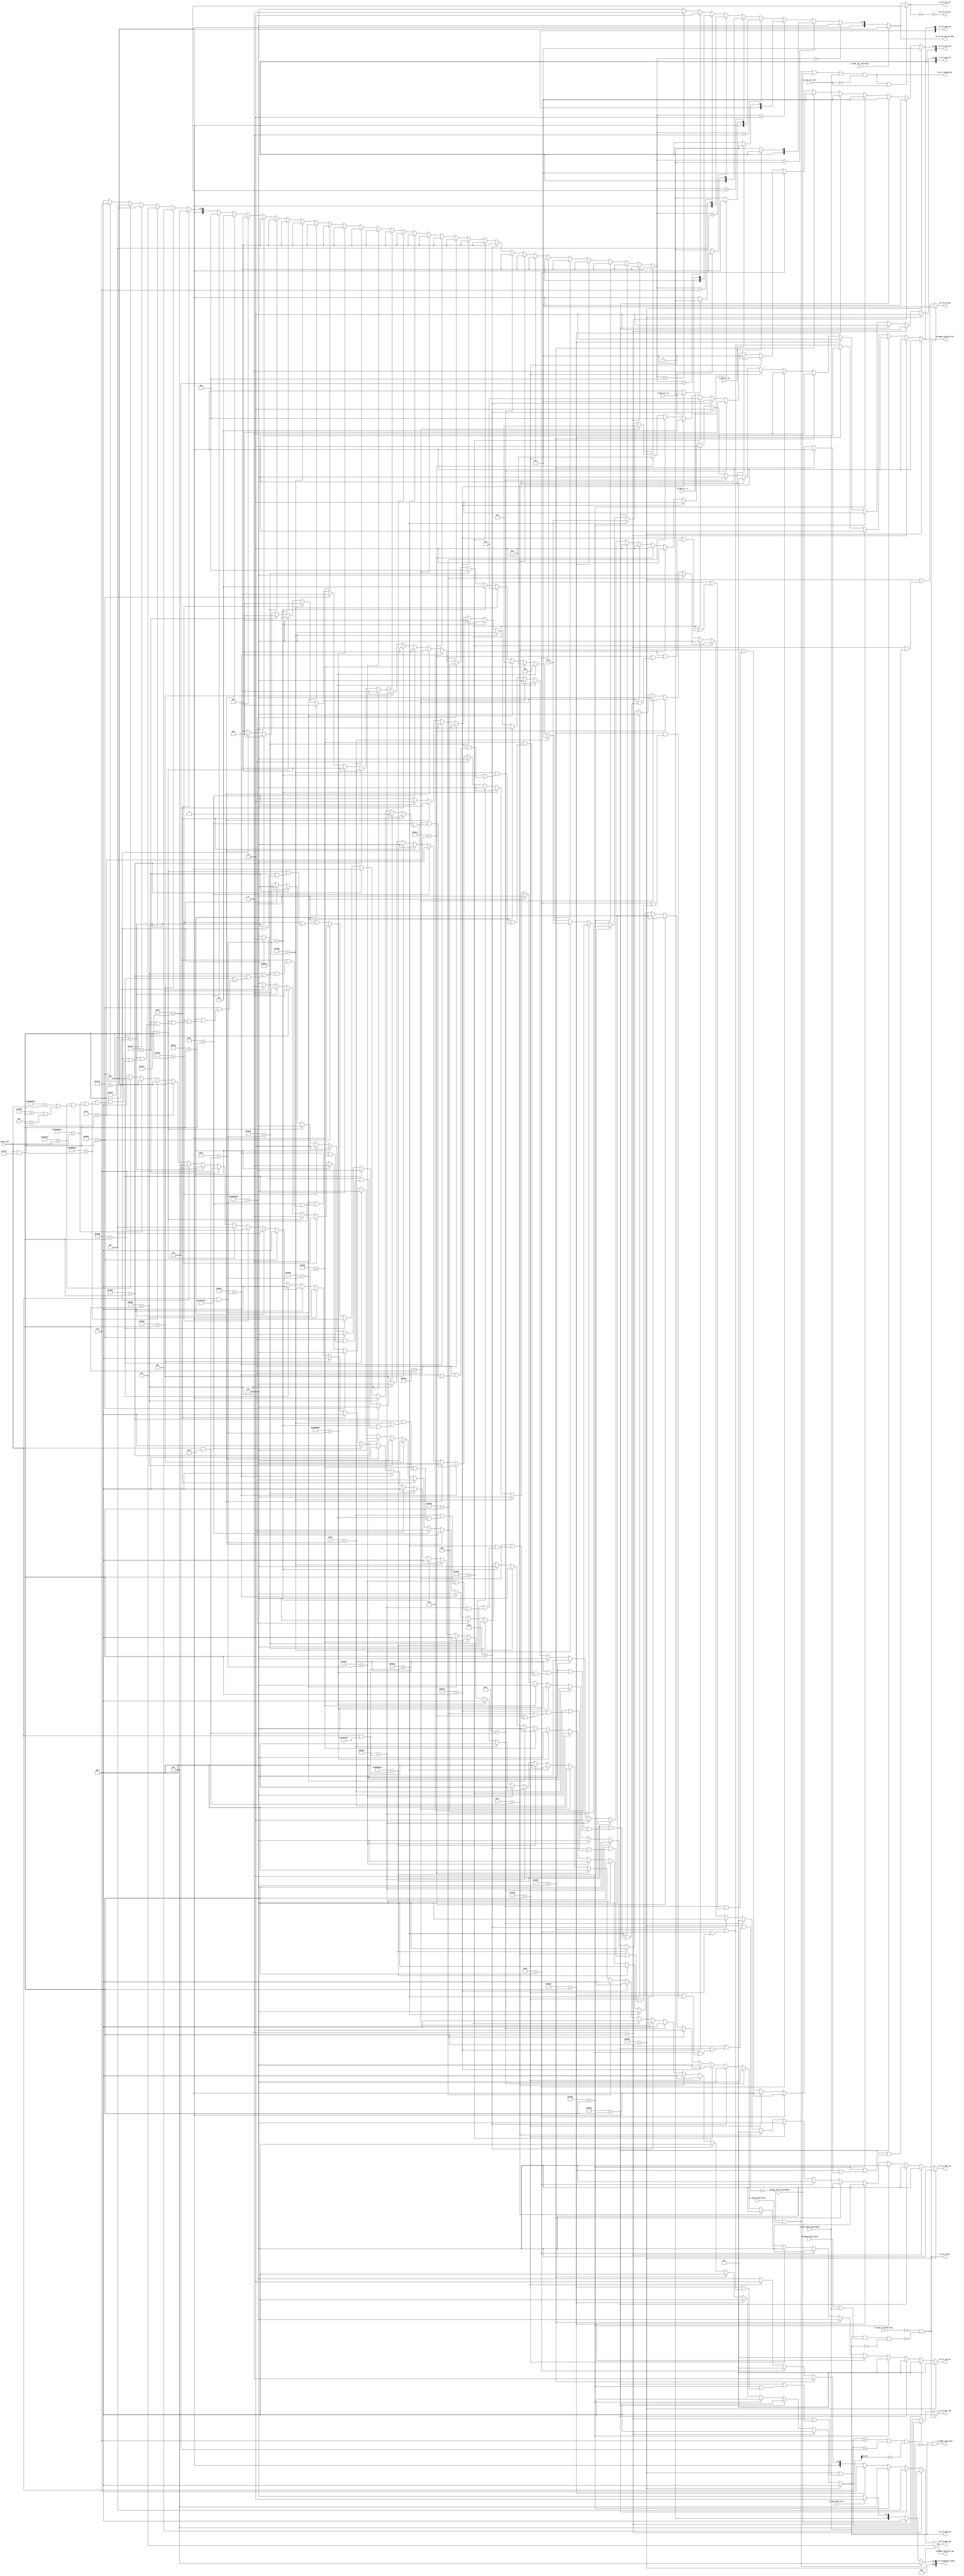
module CtlPath_2stage(
  input         io_imem_resp_valid,
  output        io_dmem_req_valid,
  output        io_dmem_req_bits_fcn,
  output [2:0]  io_dmem_req_bits_typ,
  input         io_dmem_resp_valid,
  input         io_dat_if_valid_resp,
  input  [31:0] io_dat_inst,
  input         io_dat_br_eq,
  input         io_dat_br_lt,
  input         io_dat_br_ltu,
  input         io_dat_inst_misaligned,
  input         io_dat_data_misaligned,
  input         io_dat_mem_store,
  input         io_dat_csr_eret,
  input         io_dat_csr_interrupt,
  output        io_ctl_stall,
  output        io_ctl_if_kill,
  output [2:0]  io_ctl_pc_sel,
  output [1:0]  io_ctl_op1_sel,
  output [2:0]  io_ctl_op2_sel,
  output [4:0]  io_ctl_alu_fun,
  output [1:0]  io_ctl_wb_sel,
  output        io_ctl_rf_wen,
  output [2:0]  io_ctl_csr_cmd,
  output        io_ctl_mem_val,
  output [1:0]  io_ctl_mem_fcn,
  output [2:0]  io_ctl_mem_typ,
  output        io_ctl_exception,
  output [31:0] io_ctl_exception_cause,
  output [2:0]  io_ctl_pc_sel_no_xept
);
  wire [31:0] _csignals_T = io_dat_inst & 32'h707f; // @[Lookup.scala 31:38]
  wire  _csignals_T_1 = 32'h2003 == _csignals_T; // @[Lookup.scala 31:38]
  wire  _csignals_T_3 = 32'h3 == _csignals_T; // @[Lookup.scala 31:38]
  wire  _csignals_T_5 = 32'h4003 == _csignals_T; // @[Lookup.scala 31:38]
  wire  _csignals_T_7 = 32'h1003 == _csignals_T; // @[Lookup.scala 31:38]
  wire  _csignals_T_9 = 32'h5003 == _csignals_T; // @[Lookup.scala 31:38]
  wire  _csignals_T_11 = 32'h2023 == _csignals_T; // @[Lookup.scala 31:38]
  wire  _csignals_T_13 = 32'h23 == _csignals_T; // @[Lookup.scala 31:38]
  wire  _csignals_T_15 = 32'h1023 == _csignals_T; // @[Lookup.scala 31:38]
  wire [31:0] _csignals_T_16 = io_dat_inst & 32'h7f; // @[Lookup.scala 31:38]
  wire  _csignals_T_17 = 32'h17 == _csignals_T_16; // @[Lookup.scala 31:38]
  wire  _csignals_T_19 = 32'h37 == _csignals_T_16; // @[Lookup.scala 31:38]
  wire  _csignals_T_21 = 32'h13 == _csignals_T; // @[Lookup.scala 31:38]
  wire  _csignals_T_23 = 32'h7013 == _csignals_T; // @[Lookup.scala 31:38]
  wire  _csignals_T_25 = 32'h6013 == _csignals_T; // @[Lookup.scala 31:38]
  wire  _csignals_T_27 = 32'h4013 == _csignals_T; // @[Lookup.scala 31:38]
  wire  _csignals_T_29 = 32'h2013 == _csignals_T; // @[Lookup.scala 31:38]
  wire  _csignals_T_31 = 32'h3013 == _csignals_T; // @[Lookup.scala 31:38]
  wire [31:0] _csignals_T_32 = io_dat_inst & 32'hfc00707f; // @[Lookup.scala 31:38]
  wire  _csignals_T_33 = 32'h1013 == _csignals_T_32; // @[Lookup.scala 31:38]
  wire  _csignals_T_35 = 32'h40005013 == _csignals_T_32; // @[Lookup.scala 31:38]
  wire  _csignals_T_37 = 32'h5013 == _csignals_T_32; // @[Lookup.scala 31:38]
  wire [31:0] _csignals_T_38 = io_dat_inst & 32'hfe00707f; // @[Lookup.scala 31:38]
  wire  _csignals_T_39 = 32'h1033 == _csignals_T_38; // @[Lookup.scala 31:38]
  wire  _csignals_T_41 = 32'h33 == _csignals_T_38; // @[Lookup.scala 31:38]
  wire  _csignals_T_43 = 32'h40000033 == _csignals_T_38; // @[Lookup.scala 31:38]
  wire  _csignals_T_45 = 32'h2033 == _csignals_T_38; // @[Lookup.scala 31:38]
  wire  _csignals_T_47 = 32'h3033 == _csignals_T_38; // @[Lookup.scala 31:38]
  wire  _csignals_T_49 = 32'h7033 == _csignals_T_38; // @[Lookup.scala 31:38]
  wire  _csignals_T_51 = 32'h6033 == _csignals_T_38; // @[Lookup.scala 31:38]
  wire  _csignals_T_53 = 32'h4033 == _csignals_T_38; // @[Lookup.scala 31:38]
  wire  _csignals_T_55 = 32'h40005033 == _csignals_T_38; // @[Lookup.scala 31:38]
  wire  _csignals_T_57 = 32'h5033 == _csignals_T_38; // @[Lookup.scala 31:38]
  wire  _csignals_T_59 = 32'h6f == _csignals_T_16; // @[Lookup.scala 31:38]
  wire  _csignals_T_61 = 32'h67 == _csignals_T; // @[Lookup.scala 31:38]
  wire  _csignals_T_63 = 32'h63 == _csignals_T; // @[Lookup.scala 31:38]
  wire  _csignals_T_65 = 32'h1063 == _csignals_T; // @[Lookup.scala 31:38]
  wire  _csignals_T_67 = 32'h5063 == _csignals_T; // @[Lookup.scala 31:38]
  wire  _csignals_T_69 = 32'h7063 == _csignals_T; // @[Lookup.scala 31:38]
  wire  _csignals_T_71 = 32'h4063 == _csignals_T; // @[Lookup.scala 31:38]
  wire  _csignals_T_73 = 32'h6063 == _csignals_T; // @[Lookup.scala 31:38]
  wire  _csignals_T_75 = 32'h5073 == _csignals_T; // @[Lookup.scala 31:38]
  wire  _csignals_T_77 = 32'h6073 == _csignals_T; // @[Lookup.scala 31:38]
  wire  _csignals_T_79 = 32'h1073 == _csignals_T; // @[Lookup.scala 31:38]
  wire  _csignals_T_81 = 32'h2073 == _csignals_T; // @[Lookup.scala 31:38]
  wire  _csignals_T_83 = 32'h3073 == _csignals_T; // @[Lookup.scala 31:38]
  wire  _csignals_T_85 = 32'h7073 == _csignals_T; // @[Lookup.scala 31:38]
  wire  _csignals_T_87 = 32'h73 == io_dat_inst; // @[Lookup.scala 31:38]
  wire  _csignals_T_89 = 32'h30200073 == io_dat_inst; // @[Lookup.scala 31:38]
  wire  _csignals_T_91 = 32'h7b200073 == io_dat_inst; // @[Lookup.scala 31:38]
  wire  _csignals_T_93 = 32'h100073 == io_dat_inst; // @[Lookup.scala 31:38]
  wire  _csignals_T_95 = 32'h10500073 == io_dat_inst; // @[Lookup.scala 31:38]
  wire  _csignals_T_97 = 32'h100f == _csignals_T; // @[Lookup.scala 31:38]
  wire  _csignals_T_99 = 32'hf == _csignals_T; // @[Lookup.scala 31:38]
  wire  _csignals_T_130 = _csignals_T_39 | (_csignals_T_41 | (_csignals_T_43 | (_csignals_T_45 | (_csignals_T_47 | (
    _csignals_T_49 | (_csignals_T_51 | (_csignals_T_53 | (_csignals_T_55 | (_csignals_T_57 | (_csignals_T_59 | (
    _csignals_T_61 | (_csignals_T_63 | (_csignals_T_65 | (_csignals_T_67 | (_csignals_T_69 | (_csignals_T_71 | (
    _csignals_T_73 | (_csignals_T_75 | (_csignals_T_77 | (_csignals_T_79 | (_csignals_T_81 | (_csignals_T_83 | (
    _csignals_T_85 | (_csignals_T_87 | (_csignals_T_89 | (_csignals_T_91 | (_csignals_T_93 | (_csignals_T_95 | (
    _csignals_T_97 | _csignals_T_99))))))))))))))))))))))))))))); // @[Lookup.scala 34:39]
  wire  cs_val_inst = _csignals_T_1 | (_csignals_T_3 | (_csignals_T_5 | (_csignals_T_7 | (_csignals_T_9 | (
    _csignals_T_11 | (_csignals_T_13 | (_csignals_T_15 | (_csignals_T_17 | (_csignals_T_19 | (_csignals_T_21 | (
    _csignals_T_23 | (_csignals_T_25 | (_csignals_T_27 | (_csignals_T_29 | (_csignals_T_31 | (_csignals_T_33 | (
    _csignals_T_35 | (_csignals_T_37 | _csignals_T_130)))))))))))))))))); // @[Lookup.scala 34:39]
  wire [3:0] _csignals_T_162 = _csignals_T_73 ? 4'h6 : 4'h0; // @[Lookup.scala 34:39]
  wire [3:0] _csignals_T_163 = _csignals_T_71 ? 4'h5 : _csignals_T_162; // @[Lookup.scala 34:39]
  wire [3:0] _csignals_T_164 = _csignals_T_69 ? 4'h4 : _csignals_T_163; // @[Lookup.scala 34:39]
  wire [3:0] _csignals_T_165 = _csignals_T_67 ? 4'h3 : _csignals_T_164; // @[Lookup.scala 34:39]
  wire [3:0] _csignals_T_166 = _csignals_T_65 ? 4'h1 : _csignals_T_165; // @[Lookup.scala 34:39]
  wire [3:0] _csignals_T_167 = _csignals_T_63 ? 4'h2 : _csignals_T_166; // @[Lookup.scala 34:39]
  wire [3:0] _csignals_T_168 = _csignals_T_61 ? 4'h8 : _csignals_T_167; // @[Lookup.scala 34:39]
  wire [3:0] _csignals_T_169 = _csignals_T_59 ? 4'h7 : _csignals_T_168; // @[Lookup.scala 34:39]
  wire [3:0] _csignals_T_170 = _csignals_T_57 ? 4'h0 : _csignals_T_169; // @[Lookup.scala 34:39]
  wire [3:0] _csignals_T_171 = _csignals_T_55 ? 4'h0 : _csignals_T_170; // @[Lookup.scala 34:39]
  wire [3:0] _csignals_T_172 = _csignals_T_53 ? 4'h0 : _csignals_T_171; // @[Lookup.scala 34:39]
  wire [3:0] _csignals_T_173 = _csignals_T_51 ? 4'h0 : _csignals_T_172; // @[Lookup.scala 34:39]
  wire [3:0] _csignals_T_174 = _csignals_T_49 ? 4'h0 : _csignals_T_173; // @[Lookup.scala 34:39]
  wire [3:0] _csignals_T_175 = _csignals_T_47 ? 4'h0 : _csignals_T_174; // @[Lookup.scala 34:39]
  wire [3:0] _csignals_T_176 = _csignals_T_45 ? 4'h0 : _csignals_T_175; // @[Lookup.scala 34:39]
  wire [3:0] _csignals_T_177 = _csignals_T_43 ? 4'h0 : _csignals_T_176; // @[Lookup.scala 34:39]
  wire [3:0] _csignals_T_178 = _csignals_T_41 ? 4'h0 : _csignals_T_177; // @[Lookup.scala 34:39]
  wire [3:0] _csignals_T_179 = _csignals_T_39 ? 4'h0 : _csignals_T_178; // @[Lookup.scala 34:39]
  wire [3:0] _csignals_T_180 = _csignals_T_37 ? 4'h0 : _csignals_T_179; // @[Lookup.scala 34:39]
  wire [3:0] _csignals_T_181 = _csignals_T_35 ? 4'h0 : _csignals_T_180; // @[Lookup.scala 34:39]
  wire [3:0] _csignals_T_182 = _csignals_T_33 ? 4'h0 : _csignals_T_181; // @[Lookup.scala 34:39]
  wire [3:0] _csignals_T_183 = _csignals_T_31 ? 4'h0 : _csignals_T_182; // @[Lookup.scala 34:39]
  wire [3:0] _csignals_T_184 = _csignals_T_29 ? 4'h0 : _csignals_T_183; // @[Lookup.scala 34:39]
  wire [3:0] _csignals_T_185 = _csignals_T_27 ? 4'h0 : _csignals_T_184; // @[Lookup.scala 34:39]
  wire [3:0] _csignals_T_186 = _csignals_T_25 ? 4'h0 : _csignals_T_185; // @[Lookup.scala 34:39]
  wire [3:0] _csignals_T_187 = _csignals_T_23 ? 4'h0 : _csignals_T_186; // @[Lookup.scala 34:39]
  wire [3:0] _csignals_T_188 = _csignals_T_21 ? 4'h0 : _csignals_T_187; // @[Lookup.scala 34:39]
  wire [3:0] _csignals_T_189 = _csignals_T_19 ? 4'h0 : _csignals_T_188; // @[Lookup.scala 34:39]
  wire [3:0] _csignals_T_190 = _csignals_T_17 ? 4'h0 : _csignals_T_189; // @[Lookup.scala 34:39]
  wire [3:0] _csignals_T_191 = _csignals_T_15 ? 4'h0 : _csignals_T_190; // @[Lookup.scala 34:39]
  wire [3:0] _csignals_T_192 = _csignals_T_13 ? 4'h0 : _csignals_T_191; // @[Lookup.scala 34:39]
  wire [3:0] _csignals_T_193 = _csignals_T_11 ? 4'h0 : _csignals_T_192; // @[Lookup.scala 34:39]
  wire [3:0] _csignals_T_194 = _csignals_T_9 ? 4'h0 : _csignals_T_193; // @[Lookup.scala 34:39]
  wire [3:0] _csignals_T_195 = _csignals_T_7 ? 4'h0 : _csignals_T_194; // @[Lookup.scala 34:39]
  wire [3:0] _csignals_T_196 = _csignals_T_5 ? 4'h0 : _csignals_T_195; // @[Lookup.scala 34:39]
  wire [3:0] _csignals_T_197 = _csignals_T_3 ? 4'h0 : _csignals_T_196; // @[Lookup.scala 34:39]
  wire [3:0] cs_br_type = _csignals_T_1 ? 4'h0 : _csignals_T_197; // @[Lookup.scala 34:39]
  wire [1:0] _csignals_T_205 = _csignals_T_85 ? 2'h2 : 2'h0; // @[Lookup.scala 34:39]
  wire [1:0] _csignals_T_206 = _csignals_T_83 ? 2'h0 : _csignals_T_205; // @[Lookup.scala 34:39]
  wire [1:0] _csignals_T_207 = _csignals_T_81 ? 2'h0 : _csignals_T_206; // @[Lookup.scala 34:39]
  wire [1:0] _csignals_T_208 = _csignals_T_79 ? 2'h0 : _csignals_T_207; // @[Lookup.scala 34:39]
  wire [1:0] _csignals_T_209 = _csignals_T_77 ? 2'h2 : _csignals_T_208; // @[Lookup.scala 34:39]
  wire [1:0] _csignals_T_210 = _csignals_T_75 ? 2'h2 : _csignals_T_209; // @[Lookup.scala 34:39]
  wire [1:0] _csignals_T_211 = _csignals_T_73 ? 2'h0 : _csignals_T_210; // @[Lookup.scala 34:39]
  wire [1:0] _csignals_T_212 = _csignals_T_71 ? 2'h0 : _csignals_T_211; // @[Lookup.scala 34:39]
  wire [1:0] _csignals_T_213 = _csignals_T_69 ? 2'h0 : _csignals_T_212; // @[Lookup.scala 34:39]
  wire [1:0] _csignals_T_214 = _csignals_T_67 ? 2'h0 : _csignals_T_213; // @[Lookup.scala 34:39]
  wire [1:0] _csignals_T_215 = _csignals_T_65 ? 2'h0 : _csignals_T_214; // @[Lookup.scala 34:39]
  wire [1:0] _csignals_T_216 = _csignals_T_63 ? 2'h0 : _csignals_T_215; // @[Lookup.scala 34:39]
  wire [1:0] _csignals_T_217 = _csignals_T_61 ? 2'h0 : _csignals_T_216; // @[Lookup.scala 34:39]
  wire [1:0] _csignals_T_218 = _csignals_T_59 ? 2'h0 : _csignals_T_217; // @[Lookup.scala 34:39]
  wire [1:0] _csignals_T_219 = _csignals_T_57 ? 2'h0 : _csignals_T_218; // @[Lookup.scala 34:39]
  wire [1:0] _csignals_T_220 = _csignals_T_55 ? 2'h0 : _csignals_T_219; // @[Lookup.scala 34:39]
  wire [1:0] _csignals_T_221 = _csignals_T_53 ? 2'h0 : _csignals_T_220; // @[Lookup.scala 34:39]
  wire [1:0] _csignals_T_222 = _csignals_T_51 ? 2'h0 : _csignals_T_221; // @[Lookup.scala 34:39]
  wire [1:0] _csignals_T_223 = _csignals_T_49 ? 2'h0 : _csignals_T_222; // @[Lookup.scala 34:39]
  wire [1:0] _csignals_T_224 = _csignals_T_47 ? 2'h0 : _csignals_T_223; // @[Lookup.scala 34:39]
  wire [1:0] _csignals_T_225 = _csignals_T_45 ? 2'h0 : _csignals_T_224; // @[Lookup.scala 34:39]
  wire [1:0] _csignals_T_226 = _csignals_T_43 ? 2'h0 : _csignals_T_225; // @[Lookup.scala 34:39]
  wire [1:0] _csignals_T_227 = _csignals_T_41 ? 2'h0 : _csignals_T_226; // @[Lookup.scala 34:39]
  wire [1:0] _csignals_T_228 = _csignals_T_39 ? 2'h0 : _csignals_T_227; // @[Lookup.scala 34:39]
  wire [1:0] _csignals_T_229 = _csignals_T_37 ? 2'h0 : _csignals_T_228; // @[Lookup.scala 34:39]
  wire [1:0] _csignals_T_230 = _csignals_T_35 ? 2'h0 : _csignals_T_229; // @[Lookup.scala 34:39]
  wire [1:0] _csignals_T_231 = _csignals_T_33 ? 2'h0 : _csignals_T_230; // @[Lookup.scala 34:39]
  wire [1:0] _csignals_T_232 = _csignals_T_31 ? 2'h0 : _csignals_T_231; // @[Lookup.scala 34:39]
  wire [1:0] _csignals_T_233 = _csignals_T_29 ? 2'h0 : _csignals_T_232; // @[Lookup.scala 34:39]
  wire [1:0] _csignals_T_234 = _csignals_T_27 ? 2'h0 : _csignals_T_233; // @[Lookup.scala 34:39]
  wire [1:0] _csignals_T_235 = _csignals_T_25 ? 2'h0 : _csignals_T_234; // @[Lookup.scala 34:39]
  wire [1:0] _csignals_T_236 = _csignals_T_23 ? 2'h0 : _csignals_T_235; // @[Lookup.scala 34:39]
  wire [1:0] _csignals_T_237 = _csignals_T_21 ? 2'h0 : _csignals_T_236; // @[Lookup.scala 34:39]
  wire [1:0] _csignals_T_238 = _csignals_T_19 ? 2'h1 : _csignals_T_237; // @[Lookup.scala 34:39]
  wire [1:0] _csignals_T_239 = _csignals_T_17 ? 2'h1 : _csignals_T_238; // @[Lookup.scala 34:39]
  wire [1:0] _csignals_T_240 = _csignals_T_15 ? 2'h0 : _csignals_T_239; // @[Lookup.scala 34:39]
  wire [1:0] _csignals_T_241 = _csignals_T_13 ? 2'h0 : _csignals_T_240; // @[Lookup.scala 34:39]
  wire [1:0] _csignals_T_242 = _csignals_T_11 ? 2'h0 : _csignals_T_241; // @[Lookup.scala 34:39]
  wire [1:0] _csignals_T_243 = _csignals_T_9 ? 2'h0 : _csignals_T_242; // @[Lookup.scala 34:39]
  wire [1:0] _csignals_T_244 = _csignals_T_7 ? 2'h0 : _csignals_T_243; // @[Lookup.scala 34:39]
  wire [1:0] _csignals_T_245 = _csignals_T_5 ? 2'h0 : _csignals_T_244; // @[Lookup.scala 34:39]
  wire [1:0] _csignals_T_246 = _csignals_T_3 ? 2'h0 : _csignals_T_245; // @[Lookup.scala 34:39]
  wire [2:0] _csignals_T_266 = _csignals_T_61 ? 3'h2 : 3'h0; // @[Lookup.scala 34:39]
  wire [2:0] _csignals_T_267 = _csignals_T_59 ? 3'h0 : _csignals_T_266; // @[Lookup.scala 34:39]
  wire [2:0] _csignals_T_268 = _csignals_T_57 ? 3'h0 : _csignals_T_267; // @[Lookup.scala 34:39]
  wire [2:0] _csignals_T_269 = _csignals_T_55 ? 3'h0 : _csignals_T_268; // @[Lookup.scala 34:39]
  wire [2:0] _csignals_T_270 = _csignals_T_53 ? 3'h0 : _csignals_T_269; // @[Lookup.scala 34:39]
  wire [2:0] _csignals_T_271 = _csignals_T_51 ? 3'h0 : _csignals_T_270; // @[Lookup.scala 34:39]
  wire [2:0] _csignals_T_272 = _csignals_T_49 ? 3'h0 : _csignals_T_271; // @[Lookup.scala 34:39]
  wire [2:0] _csignals_T_273 = _csignals_T_47 ? 3'h0 : _csignals_T_272; // @[Lookup.scala 34:39]
  wire [2:0] _csignals_T_274 = _csignals_T_45 ? 3'h0 : _csignals_T_273; // @[Lookup.scala 34:39]
  wire [2:0] _csignals_T_275 = _csignals_T_43 ? 3'h0 : _csignals_T_274; // @[Lookup.scala 34:39]
  wire [2:0] _csignals_T_276 = _csignals_T_41 ? 3'h0 : _csignals_T_275; // @[Lookup.scala 34:39]
  wire [2:0] _csignals_T_277 = _csignals_T_39 ? 3'h0 : _csignals_T_276; // @[Lookup.scala 34:39]
  wire [2:0] _csignals_T_278 = _csignals_T_37 ? 3'h2 : _csignals_T_277; // @[Lookup.scala 34:39]
  wire [2:0] _csignals_T_279 = _csignals_T_35 ? 3'h2 : _csignals_T_278; // @[Lookup.scala 34:39]
  wire [2:0] _csignals_T_280 = _csignals_T_33 ? 3'h2 : _csignals_T_279; // @[Lookup.scala 34:39]
  wire [2:0] _csignals_T_281 = _csignals_T_31 ? 3'h2 : _csignals_T_280; // @[Lookup.scala 34:39]
  wire [2:0] _csignals_T_282 = _csignals_T_29 ? 3'h2 : _csignals_T_281; // @[Lookup.scala 34:39]
  wire [2:0] _csignals_T_283 = _csignals_T_27 ? 3'h2 : _csignals_T_282; // @[Lookup.scala 34:39]
  wire [2:0] _csignals_T_284 = _csignals_T_25 ? 3'h2 : _csignals_T_283; // @[Lookup.scala 34:39]
  wire [2:0] _csignals_T_285 = _csignals_T_23 ? 3'h2 : _csignals_T_284; // @[Lookup.scala 34:39]
  wire [2:0] _csignals_T_286 = _csignals_T_21 ? 3'h2 : _csignals_T_285; // @[Lookup.scala 34:39]
  wire [2:0] _csignals_T_287 = _csignals_T_19 ? 3'h0 : _csignals_T_286; // @[Lookup.scala 34:39]
  wire [2:0] _csignals_T_288 = _csignals_T_17 ? 3'h1 : _csignals_T_287; // @[Lookup.scala 34:39]
  wire [2:0] _csignals_T_289 = _csignals_T_15 ? 3'h3 : _csignals_T_288; // @[Lookup.scala 34:39]
  wire [2:0] _csignals_T_290 = _csignals_T_13 ? 3'h3 : _csignals_T_289; // @[Lookup.scala 34:39]
  wire [2:0] _csignals_T_291 = _csignals_T_11 ? 3'h3 : _csignals_T_290; // @[Lookup.scala 34:39]
  wire [2:0] _csignals_T_292 = _csignals_T_9 ? 3'h2 : _csignals_T_291; // @[Lookup.scala 34:39]
  wire [2:0] _csignals_T_293 = _csignals_T_7 ? 3'h2 : _csignals_T_292; // @[Lookup.scala 34:39]
  wire [2:0] _csignals_T_294 = _csignals_T_5 ? 3'h2 : _csignals_T_293; // @[Lookup.scala 34:39]
  wire [2:0] _csignals_T_295 = _csignals_T_3 ? 3'h2 : _csignals_T_294; // @[Lookup.scala 34:39]
  wire [3:0] _csignals_T_303 = _csignals_T_85 ? 4'hb : 4'h0; // @[Lookup.scala 34:39]
  wire [3:0] _csignals_T_304 = _csignals_T_83 ? 4'hb : _csignals_T_303; // @[Lookup.scala 34:39]
  wire [3:0] _csignals_T_305 = _csignals_T_81 ? 4'hb : _csignals_T_304; // @[Lookup.scala 34:39]
  wire [3:0] _csignals_T_306 = _csignals_T_79 ? 4'hb : _csignals_T_305; // @[Lookup.scala 34:39]
  wire [3:0] _csignals_T_307 = _csignals_T_77 ? 4'hb : _csignals_T_306; // @[Lookup.scala 34:39]
  wire [3:0] _csignals_T_308 = _csignals_T_75 ? 4'hb : _csignals_T_307; // @[Lookup.scala 34:39]
  wire [3:0] _csignals_T_309 = _csignals_T_73 ? 4'h0 : _csignals_T_308; // @[Lookup.scala 34:39]
  wire [3:0] _csignals_T_310 = _csignals_T_71 ? 4'h0 : _csignals_T_309; // @[Lookup.scala 34:39]
  wire [3:0] _csignals_T_311 = _csignals_T_69 ? 4'h0 : _csignals_T_310; // @[Lookup.scala 34:39]
  wire [3:0] _csignals_T_312 = _csignals_T_67 ? 4'h0 : _csignals_T_311; // @[Lookup.scala 34:39]
  wire [3:0] _csignals_T_313 = _csignals_T_65 ? 4'h0 : _csignals_T_312; // @[Lookup.scala 34:39]
  wire [3:0] _csignals_T_314 = _csignals_T_63 ? 4'h0 : _csignals_T_313; // @[Lookup.scala 34:39]
  wire [3:0] _csignals_T_315 = _csignals_T_61 ? 4'h0 : _csignals_T_314; // @[Lookup.scala 34:39]
  wire [3:0] _csignals_T_316 = _csignals_T_59 ? 4'h0 : _csignals_T_315; // @[Lookup.scala 34:39]
  wire [3:0] _csignals_T_317 = _csignals_T_57 ? 4'h4 : _csignals_T_316; // @[Lookup.scala 34:39]
  wire [3:0] _csignals_T_318 = _csignals_T_55 ? 4'h5 : _csignals_T_317; // @[Lookup.scala 34:39]
  wire [3:0] _csignals_T_319 = _csignals_T_53 ? 4'h8 : _csignals_T_318; // @[Lookup.scala 34:39]
  wire [3:0] _csignals_T_320 = _csignals_T_51 ? 4'h7 : _csignals_T_319; // @[Lookup.scala 34:39]
  wire [3:0] _csignals_T_321 = _csignals_T_49 ? 4'h6 : _csignals_T_320; // @[Lookup.scala 34:39]
  wire [3:0] _csignals_T_322 = _csignals_T_47 ? 4'ha : _csignals_T_321; // @[Lookup.scala 34:39]
  wire [3:0] _csignals_T_323 = _csignals_T_45 ? 4'h9 : _csignals_T_322; // @[Lookup.scala 34:39]
  wire [3:0] _csignals_T_324 = _csignals_T_43 ? 4'h2 : _csignals_T_323; // @[Lookup.scala 34:39]
  wire [3:0] _csignals_T_325 = _csignals_T_41 ? 4'h1 : _csignals_T_324; // @[Lookup.scala 34:39]
  wire [3:0] _csignals_T_326 = _csignals_T_39 ? 4'h3 : _csignals_T_325; // @[Lookup.scala 34:39]
  wire [3:0] _csignals_T_327 = _csignals_T_37 ? 4'h4 : _csignals_T_326; // @[Lookup.scala 34:39]
  wire [3:0] _csignals_T_328 = _csignals_T_35 ? 4'h5 : _csignals_T_327; // @[Lookup.scala 34:39]
  wire [3:0] _csignals_T_329 = _csignals_T_33 ? 4'h3 : _csignals_T_328; // @[Lookup.scala 34:39]
  wire [3:0] _csignals_T_330 = _csignals_T_31 ? 4'ha : _csignals_T_329; // @[Lookup.scala 34:39]
  wire [3:0] _csignals_T_331 = _csignals_T_29 ? 4'h9 : _csignals_T_330; // @[Lookup.scala 34:39]
  wire [3:0] _csignals_T_332 = _csignals_T_27 ? 4'h8 : _csignals_T_331; // @[Lookup.scala 34:39]
  wire [3:0] _csignals_T_333 = _csignals_T_25 ? 4'h7 : _csignals_T_332; // @[Lookup.scala 34:39]
  wire [3:0] _csignals_T_334 = _csignals_T_23 ? 4'h6 : _csignals_T_333; // @[Lookup.scala 34:39]
  wire [3:0] _csignals_T_335 = _csignals_T_21 ? 4'h1 : _csignals_T_334; // @[Lookup.scala 34:39]
  wire [3:0] _csignals_T_336 = _csignals_T_19 ? 4'hb : _csignals_T_335; // @[Lookup.scala 34:39]
  wire [3:0] _csignals_T_337 = _csignals_T_17 ? 4'h1 : _csignals_T_336; // @[Lookup.scala 34:39]
  wire [3:0] _csignals_T_338 = _csignals_T_15 ? 4'h1 : _csignals_T_337; // @[Lookup.scala 34:39]
  wire [3:0] _csignals_T_339 = _csignals_T_13 ? 4'h1 : _csignals_T_338; // @[Lookup.scala 34:39]
  wire [3:0] _csignals_T_340 = _csignals_T_11 ? 4'h1 : _csignals_T_339; // @[Lookup.scala 34:39]
  wire [3:0] _csignals_T_341 = _csignals_T_9 ? 4'h1 : _csignals_T_340; // @[Lookup.scala 34:39]
  wire [3:0] _csignals_T_342 = _csignals_T_7 ? 4'h1 : _csignals_T_341; // @[Lookup.scala 34:39]
  wire [3:0] _csignals_T_343 = _csignals_T_5 ? 4'h1 : _csignals_T_342; // @[Lookup.scala 34:39]
  wire [3:0] _csignals_T_344 = _csignals_T_3 ? 4'h1 : _csignals_T_343; // @[Lookup.scala 34:39]
  wire [3:0] cs_alu_fun = _csignals_T_1 ? 4'h1 : _csignals_T_344; // @[Lookup.scala 34:39]
  wire [1:0] _csignals_T_352 = _csignals_T_85 ? 2'h3 : 2'h0; // @[Lookup.scala 34:39]
  wire [1:0] _csignals_T_353 = _csignals_T_83 ? 2'h3 : _csignals_T_352; // @[Lookup.scala 34:39]
  wire [1:0] _csignals_T_354 = _csignals_T_81 ? 2'h3 : _csignals_T_353; // @[Lookup.scala 34:39]
  wire [1:0] _csignals_T_355 = _csignals_T_79 ? 2'h3 : _csignals_T_354; // @[Lookup.scala 34:39]
  wire [1:0] _csignals_T_356 = _csignals_T_77 ? 2'h3 : _csignals_T_355; // @[Lookup.scala 34:39]
  wire [1:0] _csignals_T_357 = _csignals_T_75 ? 2'h3 : _csignals_T_356; // @[Lookup.scala 34:39]
  wire [1:0] _csignals_T_358 = _csignals_T_73 ? 2'h0 : _csignals_T_357; // @[Lookup.scala 34:39]
  wire [1:0] _csignals_T_359 = _csignals_T_71 ? 2'h0 : _csignals_T_358; // @[Lookup.scala 34:39]
  wire [1:0] _csignals_T_360 = _csignals_T_69 ? 2'h0 : _csignals_T_359; // @[Lookup.scala 34:39]
  wire [1:0] _csignals_T_361 = _csignals_T_67 ? 2'h0 : _csignals_T_360; // @[Lookup.scala 34:39]
  wire [1:0] _csignals_T_362 = _csignals_T_65 ? 2'h0 : _csignals_T_361; // @[Lookup.scala 34:39]
  wire [1:0] _csignals_T_363 = _csignals_T_63 ? 2'h0 : _csignals_T_362; // @[Lookup.scala 34:39]
  wire [1:0] _csignals_T_364 = _csignals_T_61 ? 2'h2 : _csignals_T_363; // @[Lookup.scala 34:39]
  wire [1:0] _csignals_T_365 = _csignals_T_59 ? 2'h2 : _csignals_T_364; // @[Lookup.scala 34:39]
  wire [1:0] _csignals_T_366 = _csignals_T_57 ? 2'h0 : _csignals_T_365; // @[Lookup.scala 34:39]
  wire [1:0] _csignals_T_367 = _csignals_T_55 ? 2'h0 : _csignals_T_366; // @[Lookup.scala 34:39]
  wire [1:0] _csignals_T_368 = _csignals_T_53 ? 2'h0 : _csignals_T_367; // @[Lookup.scala 34:39]
  wire [1:0] _csignals_T_369 = _csignals_T_51 ? 2'h0 : _csignals_T_368; // @[Lookup.scala 34:39]
  wire [1:0] _csignals_T_370 = _csignals_T_49 ? 2'h0 : _csignals_T_369; // @[Lookup.scala 34:39]
  wire [1:0] _csignals_T_371 = _csignals_T_47 ? 2'h0 : _csignals_T_370; // @[Lookup.scala 34:39]
  wire [1:0] _csignals_T_372 = _csignals_T_45 ? 2'h0 : _csignals_T_371; // @[Lookup.scala 34:39]
  wire [1:0] _csignals_T_373 = _csignals_T_43 ? 2'h0 : _csignals_T_372; // @[Lookup.scala 34:39]
  wire [1:0] _csignals_T_374 = _csignals_T_41 ? 2'h0 : _csignals_T_373; // @[Lookup.scala 34:39]
  wire [1:0] _csignals_T_375 = _csignals_T_39 ? 2'h0 : _csignals_T_374; // @[Lookup.scala 34:39]
  wire [1:0] _csignals_T_376 = _csignals_T_37 ? 2'h0 : _csignals_T_375; // @[Lookup.scala 34:39]
  wire [1:0] _csignals_T_377 = _csignals_T_35 ? 2'h0 : _csignals_T_376; // @[Lookup.scala 34:39]
  wire [1:0] _csignals_T_378 = _csignals_T_33 ? 2'h0 : _csignals_T_377; // @[Lookup.scala 34:39]
  wire [1:0] _csignals_T_379 = _csignals_T_31 ? 2'h0 : _csignals_T_378; // @[Lookup.scala 34:39]
  wire [1:0] _csignals_T_380 = _csignals_T_29 ? 2'h0 : _csignals_T_379; // @[Lookup.scala 34:39]
  wire [1:0] _csignals_T_381 = _csignals_T_27 ? 2'h0 : _csignals_T_380; // @[Lookup.scala 34:39]
  wire [1:0] _csignals_T_382 = _csignals_T_25 ? 2'h0 : _csignals_T_381; // @[Lookup.scala 34:39]
  wire [1:0] _csignals_T_383 = _csignals_T_23 ? 2'h0 : _csignals_T_382; // @[Lookup.scala 34:39]
  wire [1:0] _csignals_T_384 = _csignals_T_21 ? 2'h0 : _csignals_T_383; // @[Lookup.scala 34:39]
  wire [1:0] _csignals_T_385 = _csignals_T_19 ? 2'h0 : _csignals_T_384; // @[Lookup.scala 34:39]
  wire [1:0] _csignals_T_386 = _csignals_T_17 ? 2'h0 : _csignals_T_385; // @[Lookup.scala 34:39]
  wire [1:0] _csignals_T_387 = _csignals_T_15 ? 2'h0 : _csignals_T_386; // @[Lookup.scala 34:39]
  wire [1:0] _csignals_T_388 = _csignals_T_13 ? 2'h0 : _csignals_T_387; // @[Lookup.scala 34:39]
  wire [1:0] _csignals_T_389 = _csignals_T_11 ? 2'h0 : _csignals_T_388; // @[Lookup.scala 34:39]
  wire [1:0] _csignals_T_390 = _csignals_T_9 ? 2'h1 : _csignals_T_389; // @[Lookup.scala 34:39]
  wire [1:0] _csignals_T_391 = _csignals_T_7 ? 2'h1 : _csignals_T_390; // @[Lookup.scala 34:39]
  wire [1:0] _csignals_T_392 = _csignals_T_5 ? 2'h1 : _csignals_T_391; // @[Lookup.scala 34:39]
  wire [1:0] _csignals_T_393 = _csignals_T_3 ? 2'h1 : _csignals_T_392; // @[Lookup.scala 34:39]
  wire  _csignals_T_407 = _csignals_T_73 ? 1'h0 : _csignals_T_75 | (_csignals_T_77 | (_csignals_T_79 | (_csignals_T_81
     | (_csignals_T_83 | _csignals_T_85)))); // @[Lookup.scala 34:39]
  wire  _csignals_T_408 = _csignals_T_71 ? 1'h0 : _csignals_T_407; // @[Lookup.scala 34:39]
  wire  _csignals_T_409 = _csignals_T_69 ? 1'h0 : _csignals_T_408; // @[Lookup.scala 34:39]
  wire  _csignals_T_410 = _csignals_T_67 ? 1'h0 : _csignals_T_409; // @[Lookup.scala 34:39]
  wire  _csignals_T_411 = _csignals_T_65 ? 1'h0 : _csignals_T_410; // @[Lookup.scala 34:39]
  wire  _csignals_T_412 = _csignals_T_63 ? 1'h0 : _csignals_T_411; // @[Lookup.scala 34:39]
  wire  _csignals_T_436 = _csignals_T_15 ? 1'h0 : _csignals_T_17 | (_csignals_T_19 | (_csignals_T_21 | (_csignals_T_23
     | (_csignals_T_25 | (_csignals_T_27 | (_csignals_T_29 | (_csignals_T_31 | (_csignals_T_33 | (_csignals_T_35 | (
    _csignals_T_37 | (_csignals_T_39 | (_csignals_T_41 | (_csignals_T_43 | (_csignals_T_45 | (_csignals_T_47 | (
    _csignals_T_49 | (_csignals_T_51 | (_csignals_T_53 | (_csignals_T_55 | (_csignals_T_57 | (_csignals_T_59 | (
    _csignals_T_61 | _csignals_T_412)))))))))))))))))))))); // @[Lookup.scala 34:39]
  wire  _csignals_T_437 = _csignals_T_13 ? 1'h0 : _csignals_T_436; // @[Lookup.scala 34:39]
  wire  _csignals_T_438 = _csignals_T_11 ? 1'h0 : _csignals_T_437; // @[Lookup.scala 34:39]
  wire  cs0_0 = _csignals_T_1 | (_csignals_T_3 | (_csignals_T_5 | (_csignals_T_7 | (_csignals_T_9 | _csignals_T_438)))); // @[Lookup.scala 34:39]
  wire  cs0_1 = _csignals_T_1 | (_csignals_T_3 | (_csignals_T_5 | (_csignals_T_7 | (_csignals_T_9 | (_csignals_T_11 | (
    _csignals_T_13 | _csignals_T_15)))))); // @[Lookup.scala 34:39]
  wire  _csignals_T_537 = _csignals_T_9 ? 1'h0 : _csignals_T_11 | (_csignals_T_13 | _csignals_T_15); // @[Lookup.scala 34:39]
  wire  _csignals_T_538 = _csignals_T_7 ? 1'h0 : _csignals_T_537; // @[Lookup.scala 34:39]
  wire  _csignals_T_539 = _csignals_T_5 ? 1'h0 : _csignals_T_538; // @[Lookup.scala 34:39]
  wire  _csignals_T_540 = _csignals_T_3 ? 1'h0 : _csignals_T_539; // @[Lookup.scala 34:39]
  wire  cs0_2 = _csignals_T_1 ? 1'h0 : _csignals_T_540; // @[Lookup.scala 34:39]
  wire [2:0] _csignals_T_583 = _csignals_T_15 ? 3'h2 : 3'h0; // @[Lookup.scala 34:39]
  wire [2:0] _csignals_T_584 = _csignals_T_13 ? 3'h1 : _csignals_T_583; // @[Lookup.scala 34:39]
  wire [2:0] _csignals_T_585 = _csignals_T_11 ? 3'h3 : _csignals_T_584; // @[Lookup.scala 34:39]
  wire [2:0] _csignals_T_586 = _csignals_T_9 ? 3'h6 : _csignals_T_585; // @[Lookup.scala 34:39]
  wire [2:0] _csignals_T_587 = _csignals_T_7 ? 3'h2 : _csignals_T_586; // @[Lookup.scala 34:39]
  wire [2:0] _csignals_T_588 = _csignals_T_5 ? 3'h5 : _csignals_T_587; // @[Lookup.scala 34:39]
  wire [2:0] _csignals_T_589 = _csignals_T_3 ? 3'h1 : _csignals_T_588; // @[Lookup.scala 34:39]
  wire [2:0] _csignals_T_593 = _csignals_T_93 ? 3'h4 : 3'h0; // @[Lookup.scala 34:39]
  wire [2:0] _csignals_T_594 = _csignals_T_91 ? 3'h4 : _csignals_T_593; // @[Lookup.scala 34:39]
  wire [2:0] _csignals_T_595 = _csignals_T_89 ? 3'h4 : _csignals_T_594; // @[Lookup.scala 34:39]
  wire [2:0] _csignals_T_596 = _csignals_T_87 ? 3'h4 : _csignals_T_595; // @[Lookup.scala 34:39]
  wire [2:0] _csignals_T_597 = _csignals_T_85 ? 3'h7 : _csignals_T_596; // @[Lookup.scala 34:39]
  wire [2:0] _csignals_T_598 = _csignals_T_83 ? 3'h7 : _csignals_T_597; // @[Lookup.scala 34:39]
  wire [2:0] _csignals_T_599 = _csignals_T_81 ? 3'h6 : _csignals_T_598; // @[Lookup.scala 34:39]
  wire [2:0] _csignals_T_600 = _csignals_T_79 ? 3'h5 : _csignals_T_599; // @[Lookup.scala 34:39]
  wire [2:0] _csignals_T_601 = _csignals_T_77 ? 3'h6 : _csignals_T_600; // @[Lookup.scala 34:39]
  wire [2:0] _csignals_T_602 = _csignals_T_75 ? 3'h5 : _csignals_T_601; // @[Lookup.scala 34:39]
  wire [2:0] _csignals_T_603 = _csignals_T_73 ? 3'h0 : _csignals_T_602; // @[Lookup.scala 34:39]
  wire [2:0] _csignals_T_604 = _csignals_T_71 ? 3'h0 : _csignals_T_603; // @[Lookup.scala 34:39]
  wire [2:0] _csignals_T_605 = _csignals_T_69 ? 3'h0 : _csignals_T_604; // @[Lookup.scala 34:39]
  wire [2:0] _csignals_T_606 = _csignals_T_67 ? 3'h0 : _csignals_T_605; // @[Lookup.scala 34:39]
  wire [2:0] _csignals_T_607 = _csignals_T_65 ? 3'h0 : _csignals_T_606; // @[Lookup.scala 34:39]
  wire [2:0] _csignals_T_608 = _csignals_T_63 ? 3'h0 : _csignals_T_607; // @[Lookup.scala 34:39]
  wire [2:0] _csignals_T_609 = _csignals_T_61 ? 3'h0 : _csignals_T_608; // @[Lookup.scala 34:39]
  wire [2:0] _csignals_T_610 = _csignals_T_59 ? 3'h0 : _csignals_T_609; // @[Lookup.scala 34:39]
  wire [2:0] _csignals_T_611 = _csignals_T_57 ? 3'h0 : _csignals_T_610; // @[Lookup.scala 34:39]
  wire [2:0] _csignals_T_612 = _csignals_T_55 ? 3'h0 : _csignals_T_611; // @[Lookup.scala 34:39]
  wire [2:0] _csignals_T_613 = _csignals_T_53 ? 3'h0 : _csignals_T_612; // @[Lookup.scala 34:39]
  wire [2:0] _csignals_T_614 = _csignals_T_51 ? 3'h0 : _csignals_T_613; // @[Lookup.scala 34:39]
  wire [2:0] _csignals_T_615 = _csignals_T_49 ? 3'h0 : _csignals_T_614; // @[Lookup.scala 34:39]
  wire [2:0] _csignals_T_616 = _csignals_T_47 ? 3'h0 : _csignals_T_615; // @[Lookup.scala 34:39]
  wire [2:0] _csignals_T_617 = _csignals_T_45 ? 3'h0 : _csignals_T_616; // @[Lookup.scala 34:39]
  wire [2:0] _csignals_T_618 = _csignals_T_43 ? 3'h0 : _csignals_T_617; // @[Lookup.scala 34:39]
  wire [2:0] _csignals_T_619 = _csignals_T_41 ? 3'h0 : _csignals_T_618; // @[Lookup.scala 34:39]
  wire [2:0] _csignals_T_620 = _csignals_T_39 ? 3'h0 : _csignals_T_619; // @[Lookup.scala 34:39]
  wire [2:0] _csignals_T_621 = _csignals_T_37 ? 3'h0 : _csignals_T_620; // @[Lookup.scala 34:39]
  wire [2:0] _csignals_T_622 = _csignals_T_35 ? 3'h0 : _csignals_T_621; // @[Lookup.scala 34:39]
  wire [2:0] _csignals_T_623 = _csignals_T_33 ? 3'h0 : _csignals_T_622; // @[Lookup.scala 34:39]
  wire [2:0] _csignals_T_624 = _csignals_T_31 ? 3'h0 : _csignals_T_623; // @[Lookup.scala 34:39]
  wire [2:0] _csignals_T_625 = _csignals_T_29 ? 3'h0 : _csignals_T_624; // @[Lookup.scala 34:39]
  wire [2:0] _csignals_T_626 = _csignals_T_27 ? 3'h0 : _csignals_T_625; // @[Lookup.scala 34:39]
  wire [2:0] _csignals_T_627 = _csignals_T_25 ? 3'h0 : _csignals_T_626; // @[Lookup.scala 34:39]
  wire [2:0] _csignals_T_628 = _csignals_T_23 ? 3'h0 : _csignals_T_627; // @[Lookup.scala 34:39]
  wire [2:0] _csignals_T_629 = _csignals_T_21 ? 3'h0 : _csignals_T_628; // @[Lookup.scala 34:39]
  wire [2:0] _csignals_T_630 = _csignals_T_19 ? 3'h0 : _csignals_T_629; // @[Lookup.scala 34:39]
  wire [2:0] _csignals_T_631 = _csignals_T_17 ? 3'h0 : _csignals_T_630; // @[Lookup.scala 34:39]
  wire [2:0] _csignals_T_632 = _csignals_T_15 ? 3'h0 : _csignals_T_631; // @[Lookup.scala 34:39]
  wire [2:0] _csignals_T_633 = _csignals_T_13 ? 3'h0 : _csignals_T_632; // @[Lookup.scala 34:39]
  wire [2:0] _csignals_T_634 = _csignals_T_11 ? 3'h0 : _csignals_T_633; // @[Lookup.scala 34:39]
  wire [2:0] _csignals_T_635 = _csignals_T_9 ? 3'h0 : _csignals_T_634; // @[Lookup.scala 34:39]
  wire [2:0] _csignals_T_636 = _csignals_T_7 ? 3'h0 : _csignals_T_635; // @[Lookup.scala 34:39]
  wire [2:0] _csignals_T_637 = _csignals_T_5 ? 3'h0 : _csignals_T_636; // @[Lookup.scala 34:39]
  wire [2:0] _csignals_T_638 = _csignals_T_3 ? 3'h0 : _csignals_T_637; // @[Lookup.scala 34:39]
  wire [2:0] cs0_4 = _csignals_T_1 ? 3'h0 : _csignals_T_638; // @[Lookup.scala 34:39]
  wire [2:0] _ctrl_pc_sel_no_xept_T_3 = ~io_dat_br_eq ? 3'h1 : 3'h0; // @[cpath.scala 126:61]
  wire [2:0] _ctrl_pc_sel_no_xept_T_5 = io_dat_br_eq ? 3'h1 : 3'h0; // @[cpath.scala 127:61]
  wire [2:0] _ctrl_pc_sel_no_xept_T_8 = ~io_dat_br_lt ? 3'h1 : 3'h0; // @[cpath.scala 128:61]
  wire [2:0] _ctrl_pc_sel_no_xept_T_11 = ~io_dat_br_ltu ? 3'h1 : 3'h0; // @[cpath.scala 129:61]
  wire [2:0] _ctrl_pc_sel_no_xept_T_13 = io_dat_br_lt ? 3'h1 : 3'h0; // @[cpath.scala 130:61]
  wire [2:0] _ctrl_pc_sel_no_xept_T_15 = io_dat_br_ltu ? 3'h1 : 3'h0; // @[cpath.scala 131:61]
  wire [2:0] _ctrl_pc_sel_no_xept_T_18 = cs_br_type == 4'h8 ? 3'h3 : 3'h0; // @[cpath.scala 133:34]
  wire [2:0] _ctrl_pc_sel_no_xept_T_19 = cs_br_type == 4'h7 ? 3'h2 : _ctrl_pc_sel_no_xept_T_18; // @[cpath.scala 132:34]
  wire [2:0] _ctrl_pc_sel_no_xept_T_20 = cs_br_type == 4'h6 ? _ctrl_pc_sel_no_xept_T_15 : _ctrl_pc_sel_no_xept_T_19; // @[cpath.scala 131:34]
  wire [2:0] _ctrl_pc_sel_no_xept_T_21 = cs_br_type == 4'h5 ? _ctrl_pc_sel_no_xept_T_13 : _ctrl_pc_sel_no_xept_T_20; // @[cpath.scala 130:34]
  wire [2:0] _ctrl_pc_sel_no_xept_T_22 = cs_br_type == 4'h4 ? _ctrl_pc_sel_no_xept_T_11 : _ctrl_pc_sel_no_xept_T_21; // @[cpath.scala 129:34]
  wire [2:0] _ctrl_pc_sel_no_xept_T_23 = cs_br_type == 4'h3 ? _ctrl_pc_sel_no_xept_T_8 : _ctrl_pc_sel_no_xept_T_22; // @[cpath.scala 128:34]
  wire [2:0] _ctrl_pc_sel_no_xept_T_24 = cs_br_type == 4'h2 ? _ctrl_pc_sel_no_xept_T_5 : _ctrl_pc_sel_no_xept_T_23; // @[cpath.scala 127:34]
  wire [2:0] _ctrl_pc_sel_no_xept_T_25 = cs_br_type == 4'h1 ? _ctrl_pc_sel_no_xept_T_3 : _ctrl_pc_sel_no_xept_T_24; // @[cpath.scala 126:34]
  wire [2:0] _ctrl_pc_sel_no_xept_T_26 = cs_br_type == 4'h0 ? 3'h0 : _ctrl_pc_sel_no_xept_T_25; // @[cpath.scala 125:34]
  wire [2:0] ctrl_pc_sel_no_xept = io_dat_csr_interrupt ? 3'h4 : _ctrl_pc_sel_no_xept_T_26; // @[cpath.scala 124:34]
  wire [2:0] ctrl_pc_sel = io_ctl_exception | io_dat_csr_eret ? 3'h4 : ctrl_pc_sel_no_xept; // @[cpath.scala 135:25]
  wire  stall = ~io_dat_if_valid_resp | ~(cs0_1 & (io_dmem_resp_valid | io_dat_data_misaligned) | ~cs0_1); // @[cpath.scala 138:38]
  wire [4:0] rs1_addr = io_dat_inst[19:15]; // @[cpath.scala 153:30]
  wire  csr_ren = (cs0_4 == 3'h6 | cs0_4 == 3'h7) & rs1_addr == 5'h0; // @[cpath.scala 154:65]
  wire [2:0] csr_cmd = csr_ren ? 3'h2 : cs0_4; // @[cpath.scala 155:21]
  wire  illegal = ~cs_val_inst & io_imem_resp_valid; // @[cpath.scala 169:32]
  wire [2:0] _io_ctl_exception_cause_T = io_dat_mem_store ? 3'h6 : 3'h4; // @[cpath.scala 174:34]
  wire [2:0] _io_ctl_exception_cause_T_1 = io_dat_inst_misaligned ? 3'h0 : _io_ctl_exception_cause_T; // @[cpath.scala 173:34]
  wire [2:0] _io_ctl_exception_cause_T_2 = illegal ? 3'h2 : _io_ctl_exception_cause_T_1; // @[cpath.scala 172:34]
  assign io_dmem_req_valid = cs0_1 & ~io_dat_data_misaligned; // @[cpath.scala 159:38]
  assign io_dmem_req_bits_fcn = _csignals_T_1 ? 1'h0 : _csignals_T_540; // @[Lookup.scala 34:39]
  assign io_dmem_req_bits_typ = _csignals_T_1 ? 3'h3 : _csignals_T_589; // @[Lookup.scala 34:39]
  assign io_ctl_stall = ~io_dat_if_valid_resp | ~(cs0_1 & (io_dmem_resp_valid | io_dat_data_misaligned) | ~cs0_1); // @[cpath.scala 138:38]
  assign io_ctl_if_kill = ~(ctrl_pc_sel == 3'h0); // @[cpath.scala 140:17]
  assign io_ctl_pc_sel = io_ctl_exception | io_dat_csr_eret ? 3'h4 : ctrl_pc_sel_no_xept; // @[cpath.scala 135:25]
  assign io_ctl_op1_sel = _csignals_T_1 ? 2'h0 : _csignals_T_246; // @[Lookup.scala 34:39]
  assign io_ctl_op2_sel = _csignals_T_1 ? 3'h2 : _csignals_T_295; // @[Lookup.scala 34:39]
  assign io_ctl_alu_fun = {{1'd0}, cs_alu_fun}; // @[cpath.scala 147:22]
  assign io_ctl_wb_sel = _csignals_T_1 ? 2'h1 : _csignals_T_393; // @[Lookup.scala 34:39]
  assign io_ctl_rf_wen = stall ? 1'h0 : cs0_0; // @[cpath.scala 149:28]
  assign io_ctl_csr_cmd = stall ? 3'h0 : csr_cmd; // @[cpath.scala 157:28]
  assign io_ctl_mem_val = _csignals_T_1 | (_csignals_T_3 | (_csignals_T_5 | (_csignals_T_7 | (_csignals_T_9 | (
    _csignals_T_11 | (_csignals_T_13 | _csignals_T_15)))))); // @[Lookup.scala 34:39]
  assign io_ctl_mem_fcn = {{1'd0}, cs0_2}; // @[cpath.scala 164:22]
  assign io_ctl_mem_typ = _csignals_T_1 ? 3'h3 : _csignals_T_589; // @[Lookup.scala 34:39]
  assign io_ctl_exception = (illegal | io_dat_inst_misaligned | io_dat_data_misaligned) & ~io_dat_csr_eret; // @[cpath.scala 171:86]
  assign io_ctl_exception_cause = {{29'd0}, _io_ctl_exception_cause_T_2}; // @[cpath.scala 172:27]
  assign io_ctl_pc_sel_no_xept = io_dat_csr_interrupt ? 3'h4 : _ctrl_pc_sel_no_xept_T_26; // @[cpath.scala 124:34]
endmodule